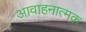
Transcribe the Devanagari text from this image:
आवाहनात्मक